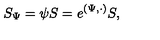
S _ { \Psi } = \psi S = e ^ { ( \Psi , \cdot ) } S ,